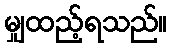
မျှထည့်ရသည်။